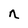
Character: n